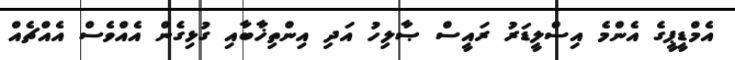
އެމްޑީޕީގެ އެންމެ އިސްލީޑަރު ރައީސް ޞާލިހު އަދި އިންތިޚާބާއި ގުޅިގެން އެއްވެސް އެއްޗެއް